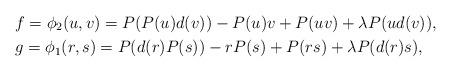
LaTeX: \begin{align*}&f = \phi_2(u,v) = P(P(u)d(v)) - P(u)v + P(uv) +\lambda P(ud(v)), \\&g = \phi_1(r,s)= P(d(r) P(s))- rP(s)+ P(rs) + \lambda P(d(r) s),\end{align*}